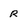
Character: r